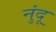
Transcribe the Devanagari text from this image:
नुंदू